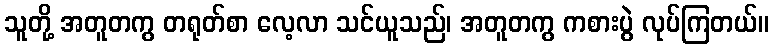
သူတို့ အတူတကွ တရုတ်စာ လေ့လာ သင်ယူသည်၊ အတူတကွ ကစားပွဲ လုပ်ကြတယ်။